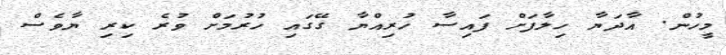
މީހުން. އާދަޔާ ހިލާފަށް ފައިސާ ހުރިއްޔާ ގޭގައި ހުރުމަށް ވުރެ ކިރި ޔާވެސް